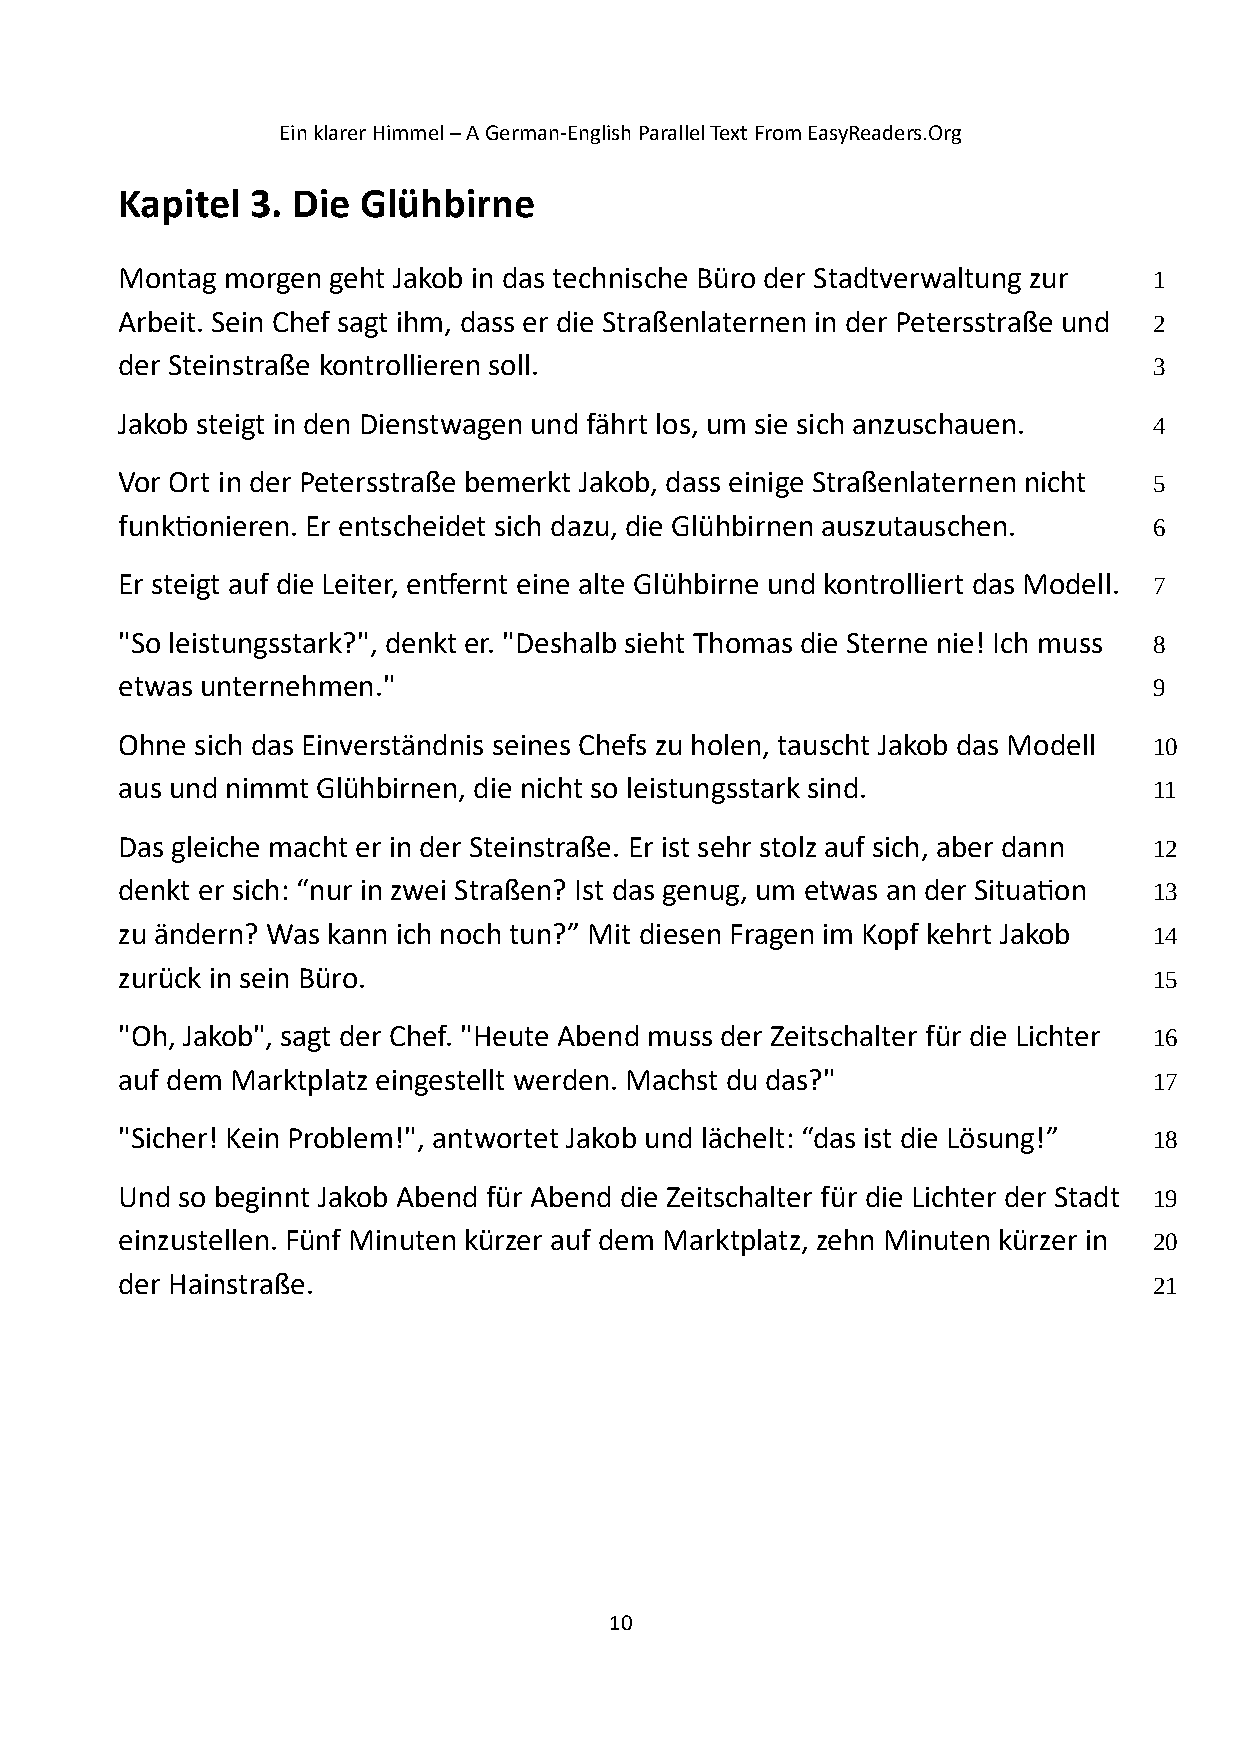
Ein klarer Himmel – A German-English Parallel Text From EasyReaders.Org
 Kapitel  3. Die Glühbirne
 Montag morgen geht Jakob in das technische Büro der Stadtverwaltung zur 1
 Arbeit. Sein Chef sagt ihm, dass er die Straßenlaternen in der Petersstraße und 2
 der Steinstraße kontrollieren soll.                                 3
 Jakob steigt in den Dienstwagen und fährt los, um sie sich anzuschauen. 4
 Vor Ort in der Petersstraße bemerkt Jakob, dass einige Straßenlaternen nicht 5
 funktionieren. Er entscheidet sich dazu, die Glühbirnen auszutauschen. 6
 Er steigt auf die Leiter, entfernt eine alte Glühbirne und kontrolliert das Modell. 7
 "So leistungsstark?", denkt er. "Deshalb sieht Thomas die Sterne nie! Ich muss 8
 etwas unternehmen."                                                 9
 Ohne sich das Einverständnis seines Chefs zu holen, tauscht Jakob das Modell 10
 aus und nimmt Glühbirnen, die nicht so leistungsstark sind.         11
 Das gleiche macht er in der Steinstraße. Er ist sehr stolz auf sich, aber dann 12
 denkt er sich: “nur in zwei Straßen? Ist das genug, um etwas an der Situation 13
 zu ändern? Was kann ich noch tun?” Mit diesen Fragen im Kopf kehrt Jakob 14
 zurück in sein Büro.                                                15
 "Oh, Jakob", sagt der Chef. "Heute Abend muss der Zeitschalter für die Lichter 16
 auf dem Marktplatz eingestellt werden. Machst du das?"              17
 "Sicher! Kein Problem!", antwortet Jakob und lächelt: “das ist die Lösung!” 18
 Und so beginnt Jakob Abend für Abend die Zeitschalter für die Lichter der Stadt 19
 einzustellen. Fünf Minuten kürzer auf dem Marktplatz, zehn Minuten kürzer in 20
 der Hainstraße.                                                     21
 10